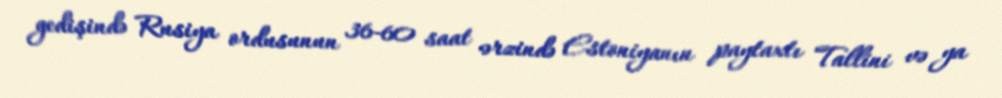
gedişində Rusiya ordusunun 36-60 saat ərzində Estoniyanın paytaxtı Tallini və ya